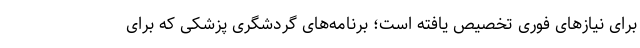
برای نیازهای فوری‌ تخصیص یافته است؛ برنامه‌های گردشگری پزشکی که برای